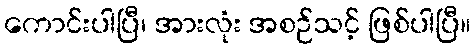
ကောင်းပါပြီ၊ အားလုံး အစဉ်သင့် ဖြစ်ပါပြီ။